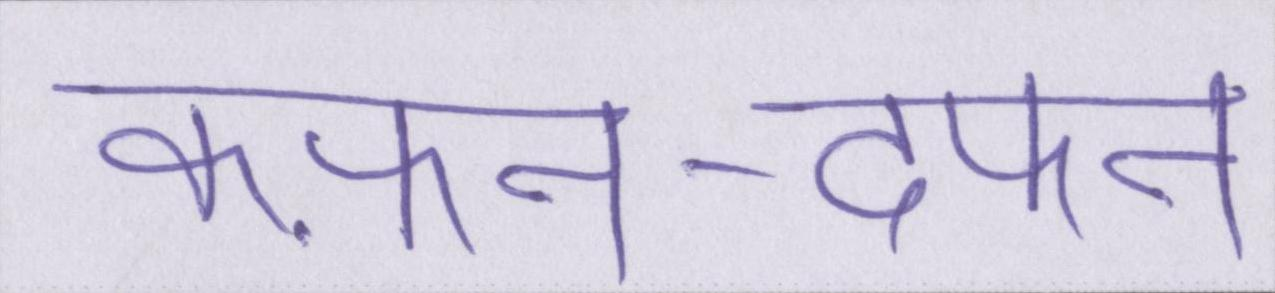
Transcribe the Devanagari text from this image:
कफ़न-दफन